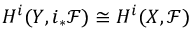
H ^ { i } ( Y , i _ { * } { \mathcal { F } } ) \cong H ^ { i } ( X , { \mathcal { F } } )